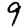
Digit: 9